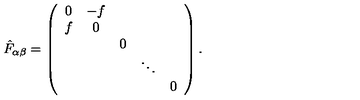
{ \hat { F } } _ { \alpha \beta } = \left( \begin{array} { c c c c c } { 0 } & { - f } & { } & { } & { } \\ { f } & { 0 } & { } & { } & { } \\ { } & { } & { 0 } & { } & { } \\ { } & { } & { } & { \ddots } & { } \\ { } & { } & { } & { } & { 0 } \\ \end{array} \right) .